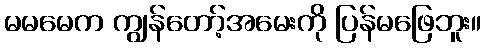
မမမေက ကျွန်တော့်အမေးကို ပြန်မဖြေဘူး။